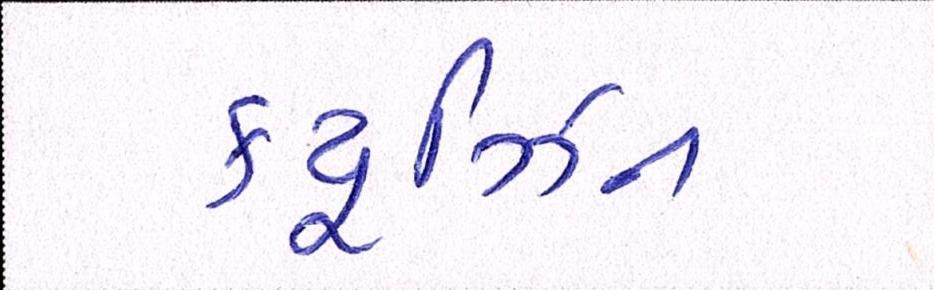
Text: ક્યૂઝિન